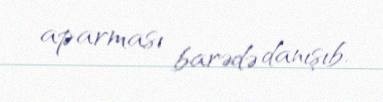
aparması barədə danışıb.